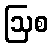
ဩစ